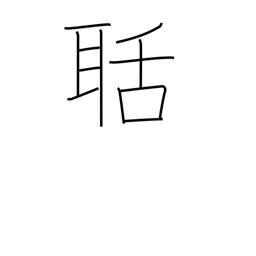
Meaning: noisy